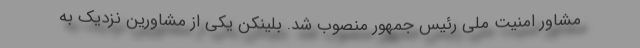
مشاور امنیت ملی رئیس جمهور منصوب شد. بلینکن یکی از مشاورین نزدیک به